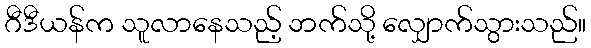
ဂီဒီယန်က သူလာနေသည့် ဘက်သို့ လျှောက်သွားသည်။